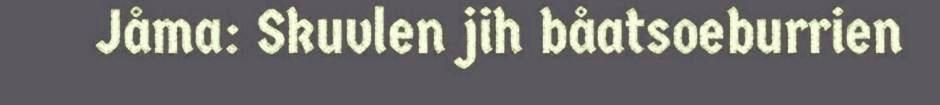
Jåma: Skuvlen jih båatsoeburrien